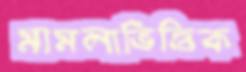
মামলাভিত্তিক